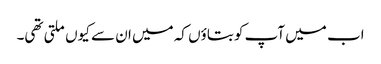
اب میں آپ کو بتاؤں کہ میں ان سے کیوں ملتی تھی۔